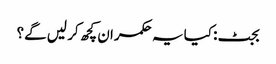
بجٹ: کیا یہ حکمران کچھ کر لیں گے؟